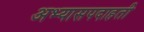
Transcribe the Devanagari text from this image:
अभ्यासपदाहती